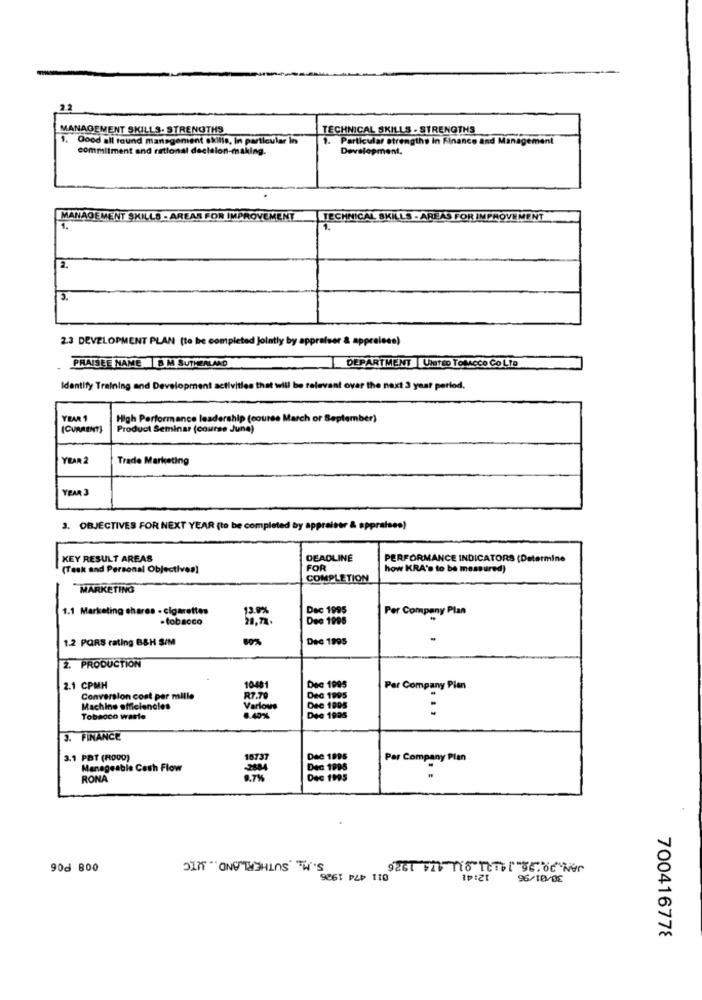
2.2
MANAGEMENT SKILLS. STRENGTHS
TECHNICAL SKILLS . STRENGTHS
1.
Good all round management skills, In particular in
.Particular strengths in Finance and Management
commitment and rational decision-making.
Development.
MANAGEMENT SKILLS . AREAS FOR IMPRO
VEMENT
S - AREAS FOR IMPROVEMENT
2.3 DEVELOPMENT PLAN (to be completed Jointly by appraiser & appraleco)
PRAISEE NAME 8 M SUTKZALAND
DEPARTMENT |UMtso TomAcce Co LTD
Identify Training and Development activities that will be relevant over the next 3 year period.
YEAR 1
High Performance leadership (course March or September)
(CURRENT)
Product Seminar (course June)
YEAR 2
Trade Marketing
YEAR 3
3. OBJECTIVES FOR NEXT YEAR (to be completed by appraiser & appraises)
KEY RESULT AREAS
DEADLINE
PERFORMANCE INDICATORS (Determine
(Task and Personal Objectives)
FOR
how KRA's to be measured)
COMPLETION
MARKETING
1.1 Marketing shares - cigarettes
Dec 1995
Per Company Plan
- tobacco
Dec 1996
1.2 PORS rating B&H S/M
Dec 1995
2. PRODUCTION
2.1 CPMH
10481
Dec 1995
Per Company Pian
Conversion cost per mille
R7.79
Dec 1005
Machine efficiencies
Varlows
Dee 1005
Dec 1995
Tobacco waste
3. FINANCE
3.1 PBT (R000)
Dac 1895
Par Company Plan
Manageable Cash Flow
Dec 1006
RONA
Dec 1995
S. M. SUTHERLAND UTC
90d 800
12:41
9861 PLP 10
96/10/08
700416778